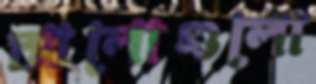
আলোগুলো